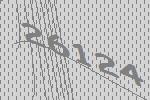
26124